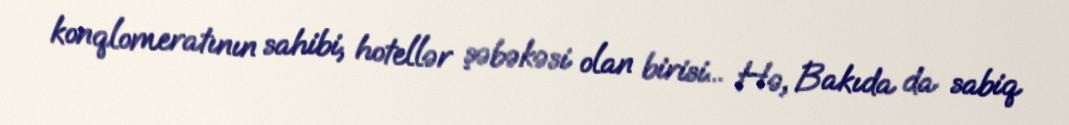
konqlomeratının sahibi, hotellər şəbəkəsi olan birisi... Hə, Bakıda da sabiq